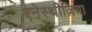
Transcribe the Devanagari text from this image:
एनेस्थीज़िया